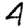
Digit: 4